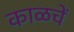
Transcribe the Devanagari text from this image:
काळचें